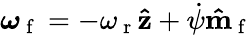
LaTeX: \boldsymbol{\omega}_{\mathrm{~f~}}=-\omega_{\mathrm{~r~}}\mathbf{\hat{z}}+\dot{\psi}\mathbf{\hat{m}}_{\mathrm{~f~}}